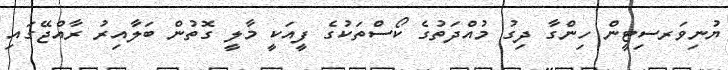
ޔުނިވަރސިޓީން ހިންގާ ދިގު މުއްދަތުގެ ކޯސްތަކުގެ ފީއަކީ މާލީ ގޮތުން ބަލާއިރު ރާއްޖޭގައި